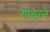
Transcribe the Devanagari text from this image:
गोंडाने